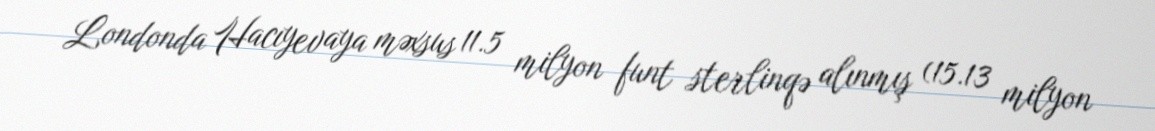
Londonda Hacıyevaya məxsus 11.5 milyon funt sterlinqə alınmış (15.13 milyon